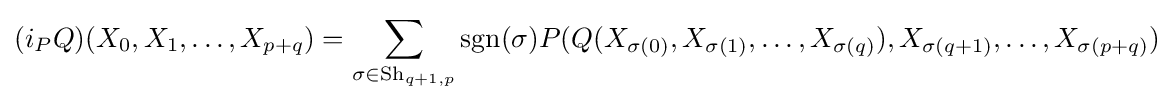
(i_{P}Q)(X_{0},X_{1},\ldots ,X_{p+q})=\sum _{\sigma \in {\text{Sh}}_{q+1,p}}\mathrm {sgn} (\sigma )P(Q(X_{\sigma (0)},X_{\sigma (1)},\ldots ,X_{\sigma (q)}),X_{\sigma (q+1)},\ldots ,X_{\sigma (p+q)})